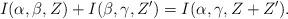
LaTeX: \begin{align*} I(\alpha,\beta,Z)+I(\beta,\gamma,Z')=I(\alpha,\gamma,Z+Z'). \end{align*}